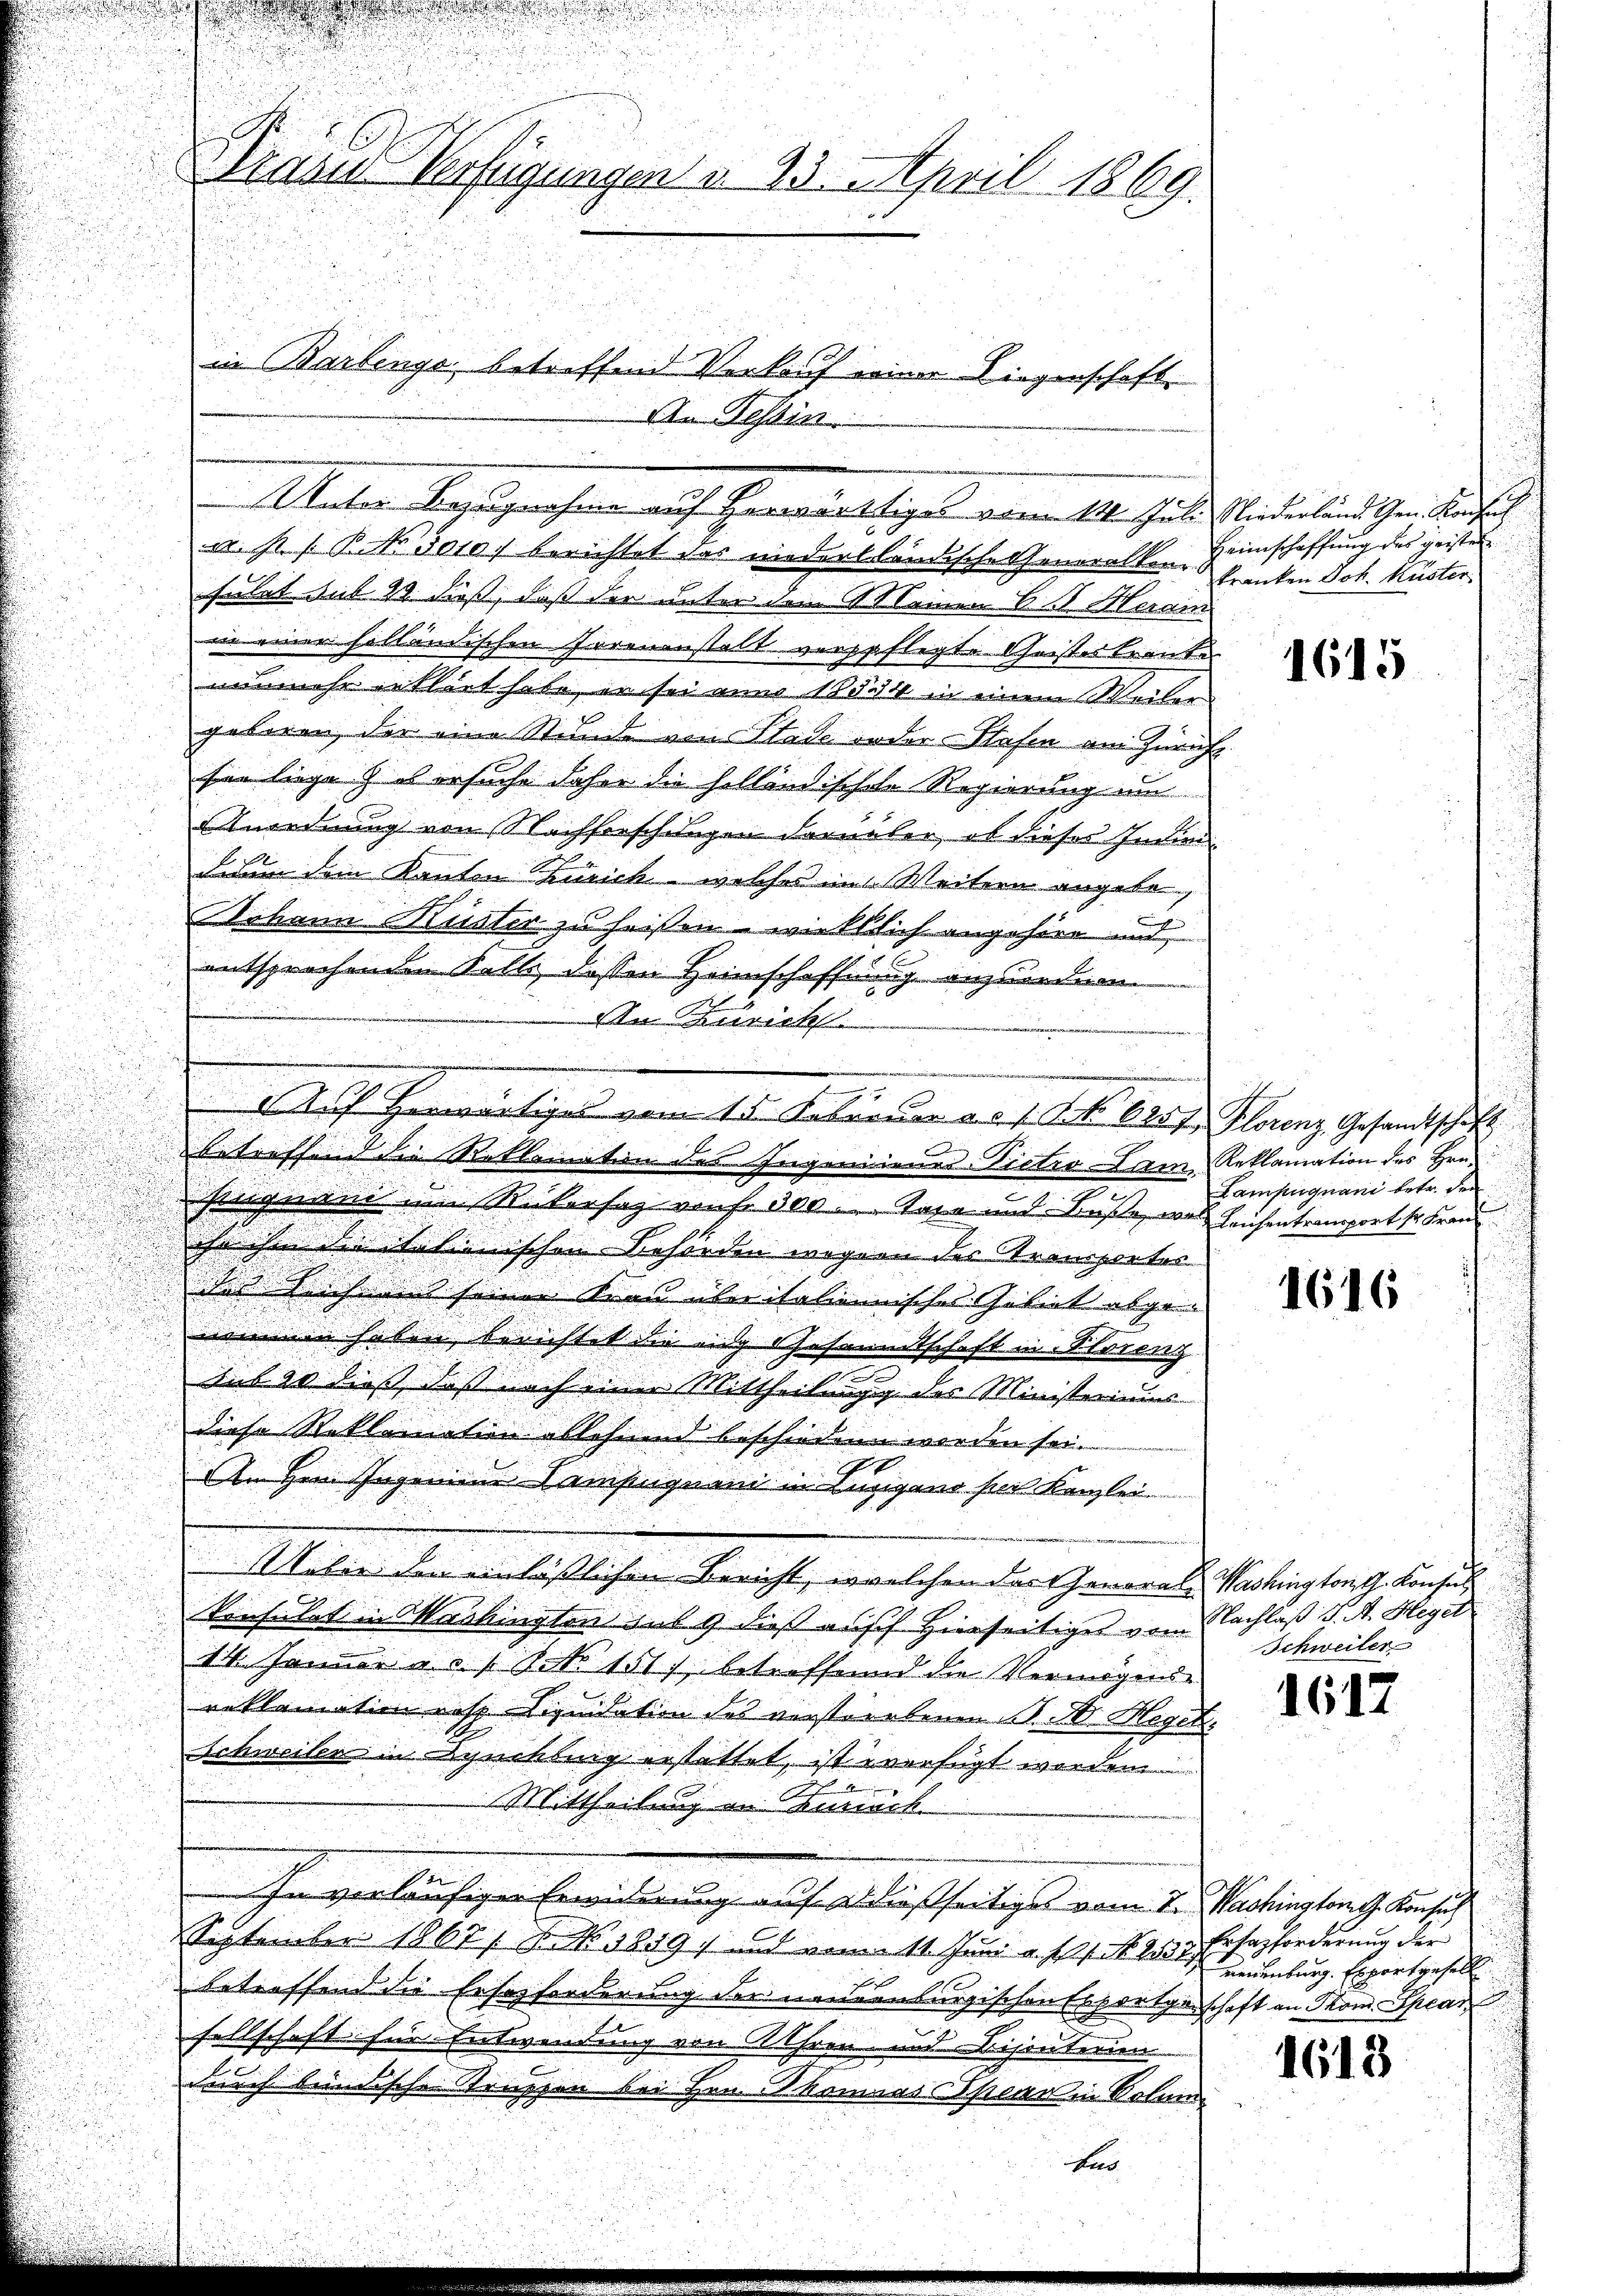
.

.

n
Truber Verfügungen d. 23. April 1869.

7
e
hinquand um Rükersaz von fr. 300. Tage und Buße, was
ihn ihm die italienischen Behörden wegen der Stranspinter
des Leichens seiner Frau über italiennisches Gebiet abge- |
nommen haben, berichtet die mit Gesammtschaft in Storenz
.
e
sub 10 dieß, dass noch einer Mittheilung des Ministeriums
diese Reklamation ablehnend beschiedenen werden sei.
An Hern Ingenien Campagnen in Lugigano hier Kanzlei
Miter den einlässlichen Bericht, welchen der General-
konsulat in Mashington sub 9 dieß auff hinseitiges vom
14. Januar a. s. S. 1517 betreffend die Vermögense
reklamation resp. Liquidation des verstorbenen P. M. Hegel
Schweiler in Speckburg erstattet, ist verfügt werden.
Mittheilung in Zürich.
In verläufigen Erwiderung auf Ardießseitige vom 1. Machingtong. Konsul
September 1867 / X. No. 1849 und vom 11. Juni a. s. f. 1 enburg. Erfortgesell
betreffend die Ersezforderung der neuenburgischen Esportgeschaft an Thom. Spear
sellschaft für Entwendung von Lehren und Rijouterien
7
durch bindische Struppen bei Hrn. Thomas Thier in Solan

u. s. f. P. Nr. 3010.) berichtet das wiederlländische Generalken
holet sub 28. dieß, daß der unter den Meinen 611. Heran
in einer holländischen Irrenanstalt verspflegte Geistes traute
nunmehr ablirt habe, er sei anno 18594 in einem Weiler
geboren, der eine Stunde von Stade order-Hasen am Züricht
sen liege, es ersuche daher die holländischete Regierung um
Anordnung von Nachforschungen darueler, ob dieses Indidium dem Kanton Zürich, welches im Weitern angeben,
Tohann Riedter zu heissen wirklich angehöre und
n
2
entsprechenden Kelle dessen Heimschaffnung anzuordnen
An Zürich

in Barbenge betreffend Verkauf einer Liegenschaft.
An Tessin

Aeber Bezugnahme auf Herrnwaltiges vom 14. Jan. Niederlandschen den sich

.
Auf herwärtiges vom 15. Feberdar a.c. s. S. 625.
x
betreffend die Rathemation des Ingeniiener-Zietro am

tas

Heimschaffung des geisten
Franken Joh. Huster

1615

Florenz, Gesandtschaft
Reklamation des Hrn.
Lampuguani betr. den
Leichentransport sr Fran

1616

Washington G. Konsul
Nachlaß J. A. Hegel
Schweiler

1617

Ertazforderung der

1613